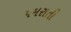
પમરાતી